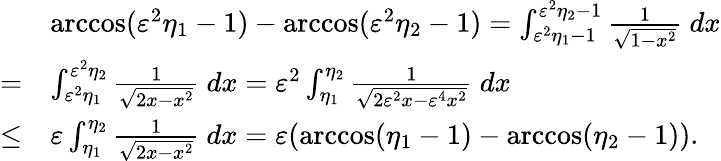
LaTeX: \begin{array}{rl}&{\operatorname{arccos}(\varepsilon^{2}\eta_{1}-1)-\operatorname{arccos}(\varepsilon^{2}\eta_{2}-1)=\int_{\varepsilon^{2}\eta_{1}-1}^{\varepsilon^{2}\eta_{2}-1}\frac{1}{\sqrt{1-x^{2}}}\ dx}\\ {=}&{\int_{\varepsilon^{2}\eta_{1}}^{\varepsilon^{2}\eta_{2}}\frac{1}{\sqrt{2x-x^{2}}}\ dx=\varepsilon^{2}\int_{\eta_{1}}^{\eta_{2}}\frac{1}{\sqrt{2\varepsilon^{2}x-\varepsilon^{4}x^{2}}}\ dx}\\ {\leq}&{\varepsilon\int_{\eta_{1}}^{\eta_{2}}\frac{1}{\sqrt{2x-x^{2}}}\ dx=\varepsilon(\operatorname{arccos}(\eta_{1}-1)-\operatorname{arccos}(\eta_{2}-1)).}\end{array}